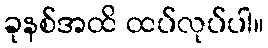
ခုနစ်အထိ ထပ်လုပ်ပါ။